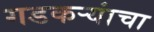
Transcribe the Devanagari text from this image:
गडकऱ्यांचा